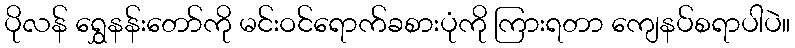
ပိုလန် ရွှေနန်းတော်ကို မင်းဝင်ရောက်ခစားပုံကို ကြားရတာ ကျေနပ်စရာပါပဲ။